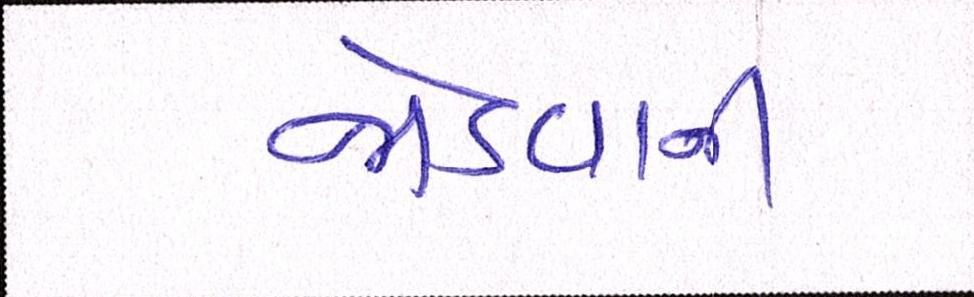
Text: જોડવાની